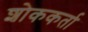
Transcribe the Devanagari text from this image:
शोककर्ता